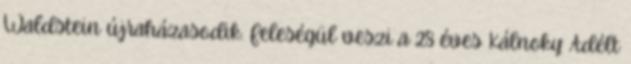
Waldstein újraházasodik. Feleségül veszi a 28 éves Kálnoky Adélt